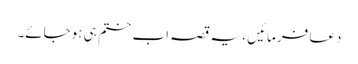
دعا فرمائیں ، یہ قصہ اب ختم ہی ہوجائے۔